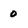
Character: 0